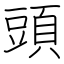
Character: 頭